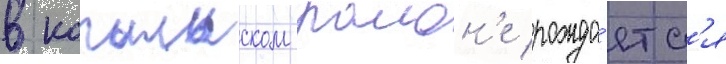
в копыльском раион'е рожда́етс'я